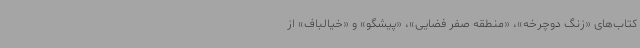
کتاب‌های «زنگ دوچرخه»، «منطقه صفر فضایی»، «پیشگو» و «خیالباف» از